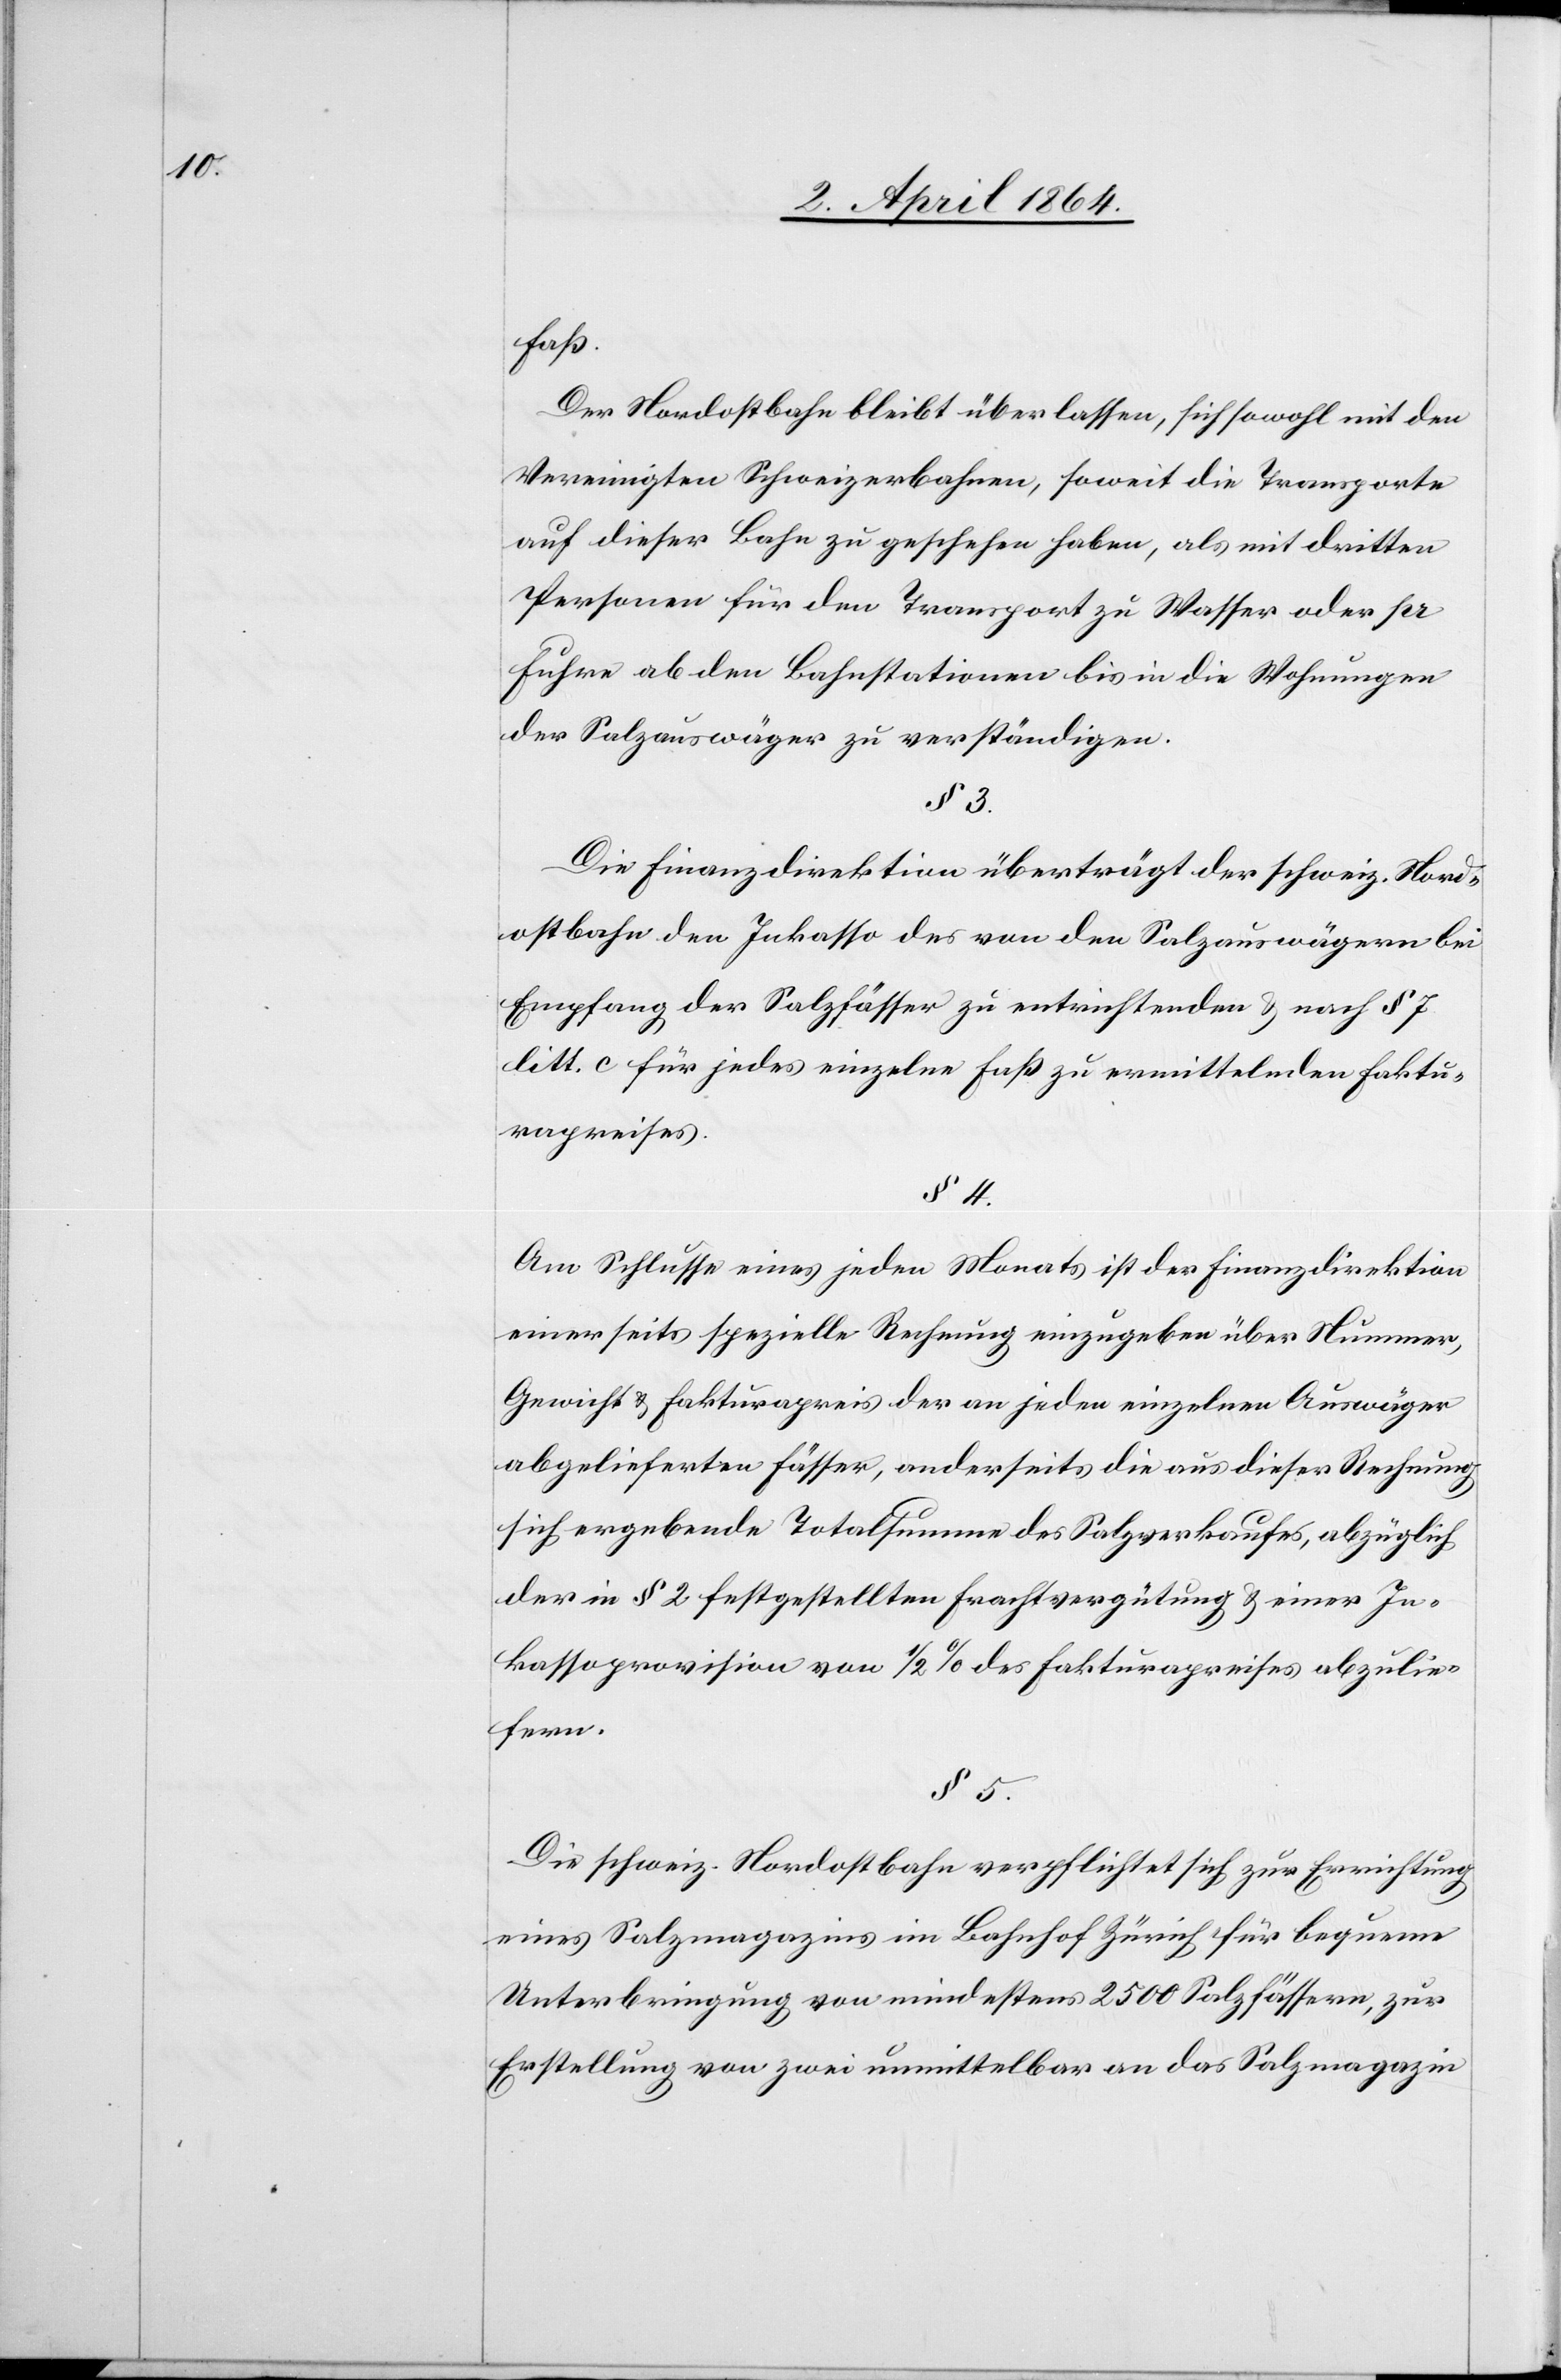
Faß.
Der Nordostbahn bleibt überlassen, sich sowohl mit den
Vereinigten Schweizerbahnen, soweit die Transporte
auf dieser Bahn zu geschehen haben, als mit dritten
Personen für den Transport zu Wasser oder pr
Fuhre ab den Bahnstationen bis in die Wohnungen
der Salzauswäger zu verständigen.
§ 3.
Die Finanzdirektion überträgt der schweiz. Nord¬
ostbahn den Inkasso des von den Salzauswägern bei
Empfang der Salzfässer zu entrichtenden u. nach § 7
litt. c für jedes einzelne Faß zu ermittelnden Faktu¬
rapreises.
§ 4.
Am Schlusse eines jeden Monats ist der Finanzdirektion
einerseits spezielle Rechnung einzugeben über Nummer,
Gewicht u. Fakturapreis der an jeden einzelnen Auswäger
abgelieferten Fässer, anderseits die aus dieser Rechnung
sich ergebende Totalsumme des Salzverkaufes, abzüglich
der in § 2 festgestellten Frachtvergütung u. einer In¬
kassoprovision von 1/2% des Fakturapreises abzulie¬
fern.
§ 5.
Die schweiz. Nordostbahn verpflichtet sich zur Errichtung
eines Salzmagazins im Bahnhof Zürich für bequeme
Unterbringung von mindestens 2500 Salzfässern, zur
Erstellung von zwei unmittelbar an das Salzmagazin